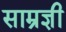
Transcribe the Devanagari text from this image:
साम्रज्ञी